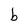
Character: b